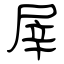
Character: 屖